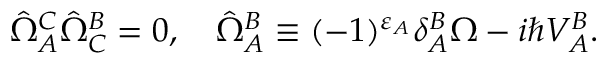
\hat { \Omega } _ { A } ^ { C } \hat { \Omega } _ { C } ^ { B } = 0 , \quad \hat { \Omega } _ { A } ^ { B } \equiv ( - 1 ) ^ { \varepsilon _ { A } } \delta _ { A } ^ { B } \Omega - i \hbar V _ { A } ^ { B } .